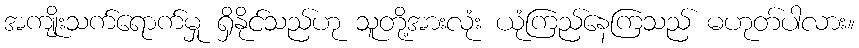
အကျိုးသက်ရောက်မှု ရှိနိုင်သည်ဟု သူတို့အားလုံး ယုံကြည်နေကြသည် မဟုတ်ပါလား။